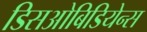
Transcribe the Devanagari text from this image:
डिसओबिडियेन्स